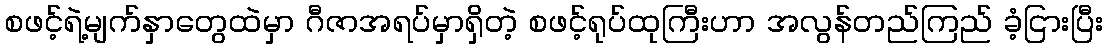
စဖင့်ရဲ့မျက်နှာတွေထဲမှာ ဂီဇာအရပ်မှာရှိတဲ့ စဖင့်ရုပ်ထုကြီးဟာ အလွန်တည်ကြည် ခံ့ငြားပြီး